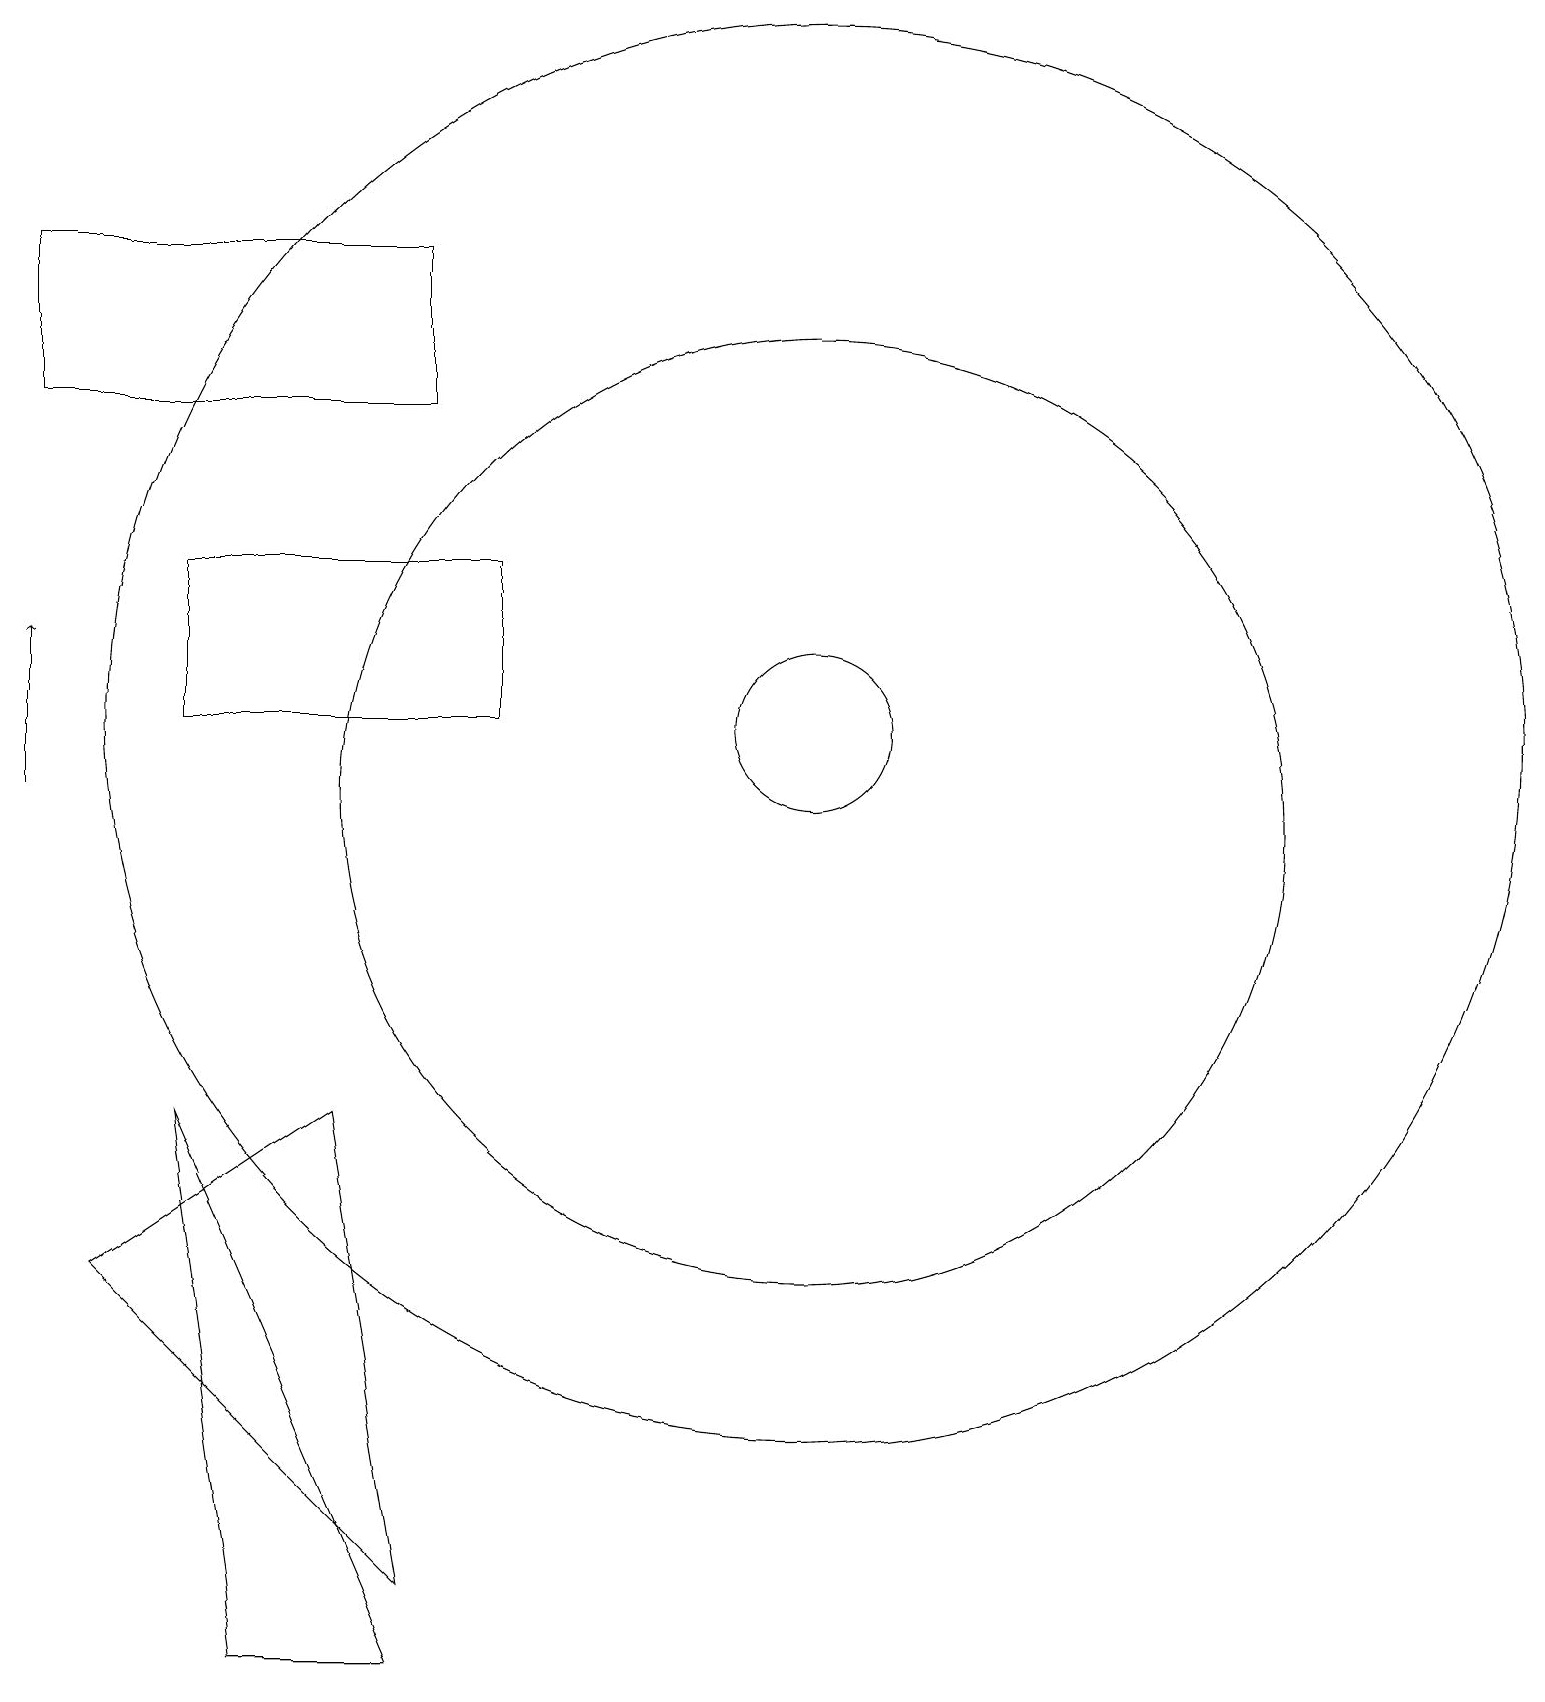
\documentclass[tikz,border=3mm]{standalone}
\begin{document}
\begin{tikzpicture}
\draw (10,11) circle (6);
\draw (5,0) -- (3,0) -- (2,7) -- cycle;
\draw (10,12) circle (9);
\draw (5,1) -- (4,7) -- (1,5) -- cycle;
\draw (0,18) rectangle (5,16);
\draw[->] (0,11) -- (0,13);
\draw (6,14) rectangle (2,12);
\draw (10,12) circle (1);
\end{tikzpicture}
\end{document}